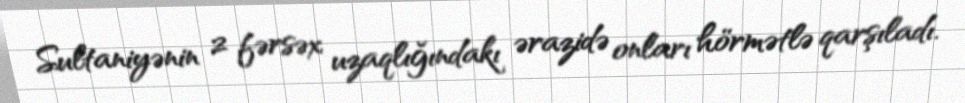
Sultaniyənin 2 fərsəx uzaqlığındakı ərazidə onları hörmətlə qarşıladı.